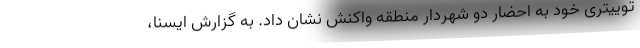
توییتری خود به احضار دو شهردار منطقه واکنش نشان داد. به گزارش ایسنا،